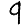
Digit: 9